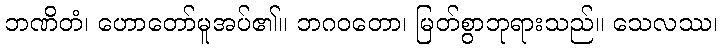
ဘဏိတံ၊ ဟောတော်မူအပ်၏။ ဘဂဝတော၊ မြတ်စွာဘုရားသည်။ သေလဿ၊